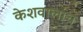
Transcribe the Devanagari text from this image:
केशवालाच